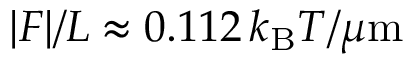
| { \cal F } | / L \approx 0 . 1 1 2 \, k _ { \mathrm { B } } T / \mu \mathrm { m }